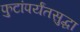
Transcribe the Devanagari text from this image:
फुटांपर्यंतसुद्धा